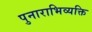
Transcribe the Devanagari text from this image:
पुनाराभिव्यक्ति